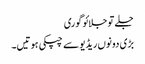
جلے تو جلائو گوری
بڑی دونوں ریڈیو سے چپکی ہوتیں۔